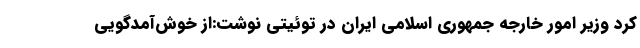
کرد وزیر امور خارجه جمهوری اسلامی ایران در توئیتی نوشت:از خوش‌آمدگویی